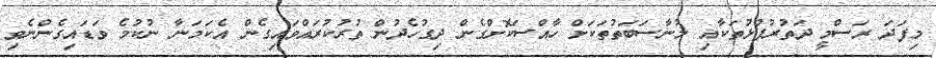
މިފަދަ ރަސްމީ ދަތުރުފުޅުތަކާއި މުނާސަބަތުތަކަށް ހާއްސަކޮށްގެން ދިގުހެދުން ތުރުކުރައްވައިގެން އެކަމަނާ ނުކުމެ ވަޑައިގެންނެވި